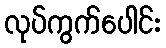
လုပ်ကွက်ပေါင်း